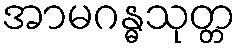
အာမဂန္ဓသုတ္တ